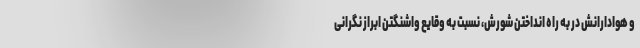
و هوادارانش در به راه انداختن شورش، نسبت به وقایع واشنگتن ابراز نگرانی